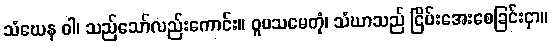
သံဃေန ဝါ၊ သည်သော်လည်းကောင်း။ ဝူပသမေတုံ၊ သံဃာသည် ငြိမ်းအေးစေခြင်းငှာ။